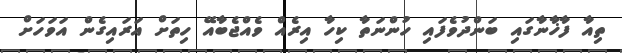
ތިއާ ފާޚާނާގައި ބަންދުވެފައި ހުންނަތާ ކިހާ އިރެއް ވެއްޖެބާއޭ ހިތަށް އަރައިގެން އަވަހަށް